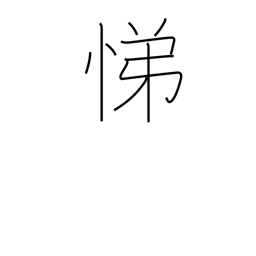
Meaning: serving our elders